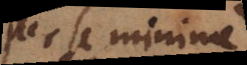
per se minime